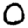
Digit: 0